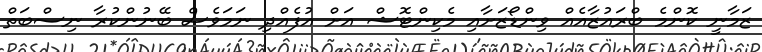
ޒަމާނީ ކޮންމެ ބްރައުޒާއެއް ވިންޑޯޒަށާއި މެކިންޓޮޝް އަށް އުފެއްދި ނަމަވެސް ބޭނުންކުރާ ނިސްބަތް